Statistical return of the lunatic asylum in Assam - 1912-1932
Year: 1912
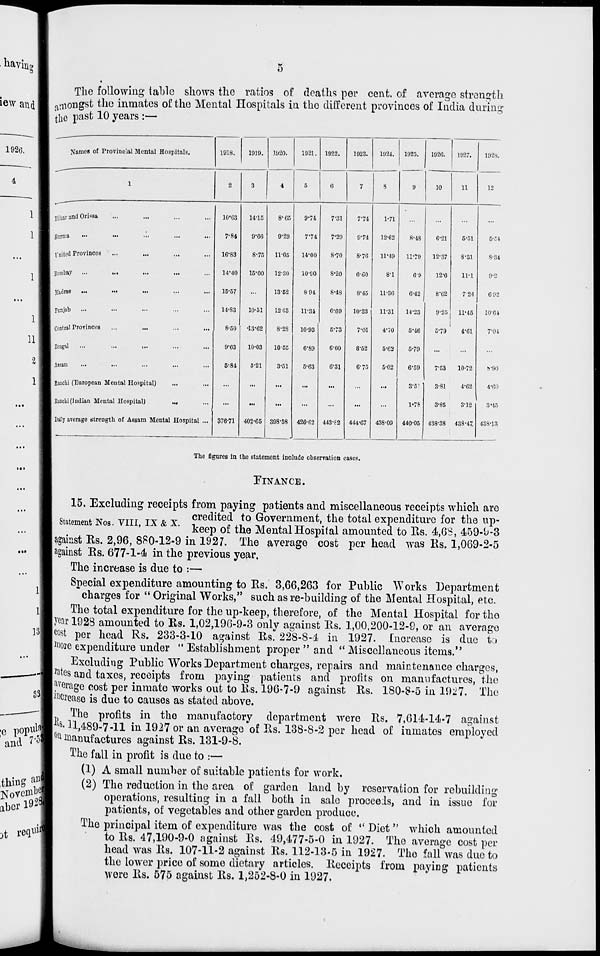
The following table shows the ratios of deaths per cent, of average strength
^niongst the inmates of the Mental Hospitals in the different provinces of India during
the past 10 years :—
Names of Provincial Mental Hospitals.
1918.
1919.
1920.
1921. 1922.
1923.
1924.
1925.
1920.
1927.
192S.
1
2
3
4
5
0
7
8
9
10
11
12
liiliar and Orissa
10*G3
14-15
8*65
9-74
7-31
7-74
1-71
...
...
...
Burma
7-84
9-6G
9-29
7*74
7-29
9-74
12-62
8-48
6-21
6-51
5-.:i
United Provinces
...
...
16-83
8-75
11-05
14-00
8-70
8-76
11-49
11-79
12-37
8-31
8-34
Bombay
•••
•••
•••
•••
14-40
15-00
12-30
10-S0
8-20
6-60
8-1
6-9
12-6
11-1
9-2
jfcdraB
...
•••
15-57
...
13-52
8 94
8-48
8-45
11-36
C-42
8-C2
724
692
Punjab
14-83
10-51
12G3
11-34
6-69
10-23
11-31
14-23
9-25
11-45
10-61
Central Provinces
...
...
...
...
8-50
•13-62
8-28
10-93
6-73
7-01
4'70
5-46
5-79
4-61
7-04
IdHgill
...
...
■••
9-63
10-03
10'C5
6-S9
6-GO
8-62
5-62
5-79
...
...
...
Assam
5-84
5-21
3-51
5-63
6-31
6'75
5-02
6-59
7-53
10-72
V90
Janehi (European Mental Hospital)
...
...
...
...
...
...
...
3-5'
3-81
4-62
4-00
Eancbi (Indian Mental Hospital)
...
...
...
...
...
...
...
...
1-78
3-85
3-12
I
3-45
Daily average strength of Assam Mental Hospital ...
376-71
402-65 398-58
426-G2 443-S2
444-67
438-09
440-05 438-38
438-47. 438-13
The figures in the statement include observation cases.
FINANCE.
15. Excluding receipts from paying patients and miscellaneous receipts which are
4. -K -inTr TV i -v credited to Government, the total expenditure for the up-
btatement JNos. vni, ix & x. keep Q£ thQ Mental Hospital amounted to Us. 4,68, 459-^-3
against Es. 2,96, 880-12-9 in 1927. The average cost per head was Rs. 1,069-2-5
against Es. 677-1-4 in the previous year.
The increase is due to :—
Special expenditure amounting to Es. 3,66,263 for Puhlic Works Department
charges for " Original Works," such as re-building of the Mental Hospital, etc.
The total expenditure for the up-keep, therefore, of the Mental Hospital for the
[year 1928 amounted to Rs. 1,02,196-9-3 only against Es. 1,00,200-12-9, or an average
m per head Rs. 233-3-10 against Es. 228-S-l in 1927. Increase is due to
I ] «ore expenditure under "Establishment proper " and '* Miscellaneous items."
Excluding Public Works Department charges, repairs and maintenance charges,
I^tes and taxes, receipts from paying patients and profits on manufactures, the
Nrage cost per inmate works out to Es. 196-7-9 against Es. 180-8-5 in 1927. The
[increase is due to causes as stated above.
The profits in the manufactory department were Es. 7,614-14-7 against
p. 11,489-7-11 in 1927 or an average of Es. 138-8-2 per head of inmatos employed
11 manufactures against Es. 131-9-8.
The fall in profit is due to :—
(1) A small number of suitable patients for work.
(2) The reduction in the area of garden land by reservation for rebuilding
operations, resulting in a fall both in sale proceeds, and in issue for
patients, of vegetables and other garden produce.
The principal item of expenditure was the cost of •' Diet" which amounted
to Es. 47,190-9-0 against Es. 49,477-5-0 in 1927. The average cost per
head was Es. 107-11-2 against Es. 112-13-5 in 1927. The fall was duo to
the lower price of some dietary articles. Eeceipts from payiDg patients
were Es. 575 against Es. 1,252-8-0 in 1927.